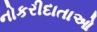
નોકરીદાતાઓ